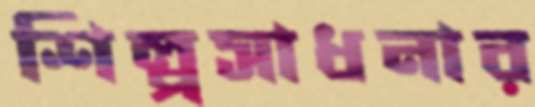
শিল্পসাধনার